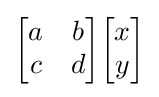
{\begin{bmatrix}a&b\\c&d\end{bmatrix}}{\begin{bmatrix}x\\y\end{bmatrix}}